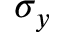
\sigma _ { y }